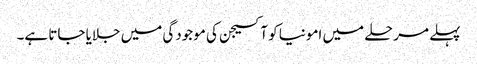
پہلے مرحلے میں امونیا کو آکسیجن کی موجودگی میں جلایا جاتا ہے۔